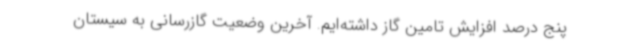
پنج درصد افزایش تامین گاز داشته‌ایم. آخرین وضعیت گازرسانی به سیستان